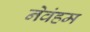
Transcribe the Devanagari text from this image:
नेवंहम